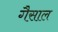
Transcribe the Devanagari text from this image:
गैसाल